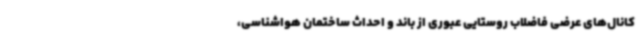
کانال‌های عرضی فاضلاب روستایی عبوری از باند و احداث ساختمان هواشناسی،